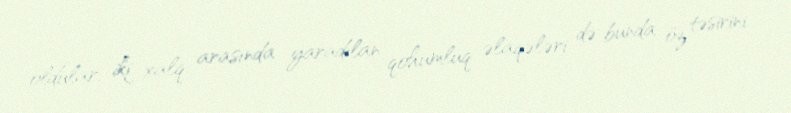
oldular, iki xalq arasında yaradılan qohumluq əlaqələri də bunda öz təsirini